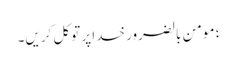
؛ مومن بالضرور خدا پر توکل کریں۔